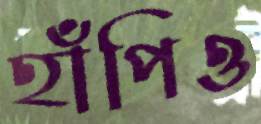
হাঁপিও